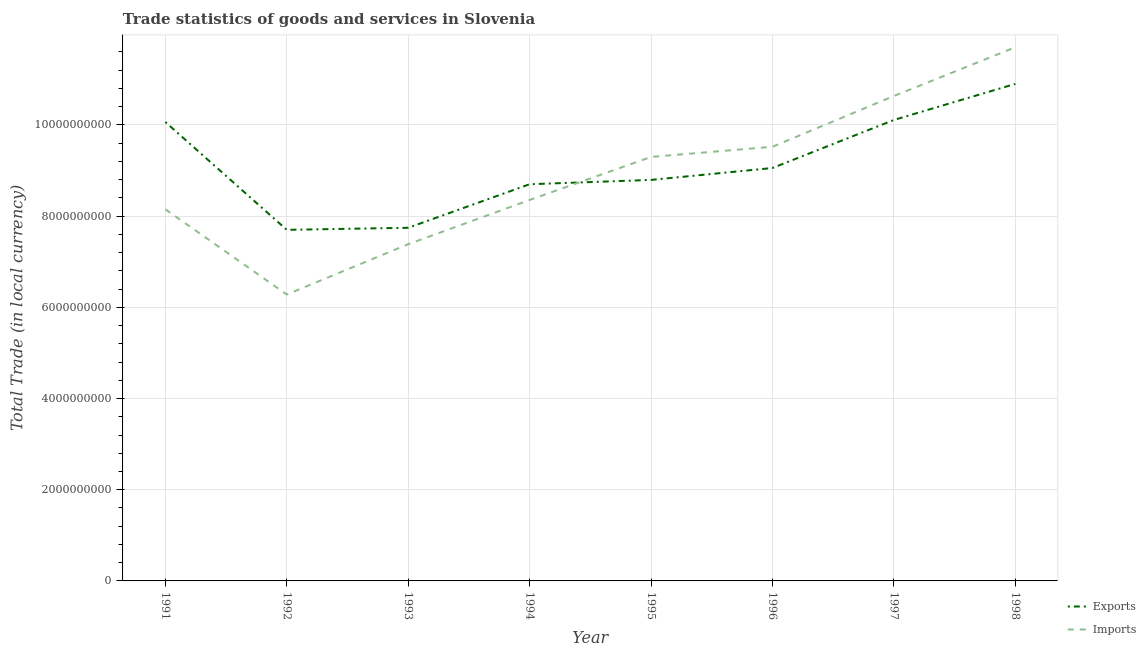
| Year | Exports | Imports |
 | --- | --- | --- |
 | 1991 | 1.01e+10 | 8.15e+09 |
 | 1992 | 7.7e+09 | 6.28e+09 |
 | 1993 | 7.74e+09 | 7.38e+09 |
 | 1994 | 8.7e+09 | 8.35e+09 |
 | 1995 | 8.79e+09 | 9.3e+09 |
 | 1996 | 9.06e+09 | 9.52e+09 |
 | 1997 | 1.01e+10 | 1.06e+10 |
 | 1998 | 1.09e+10 | 1.17e+10 |